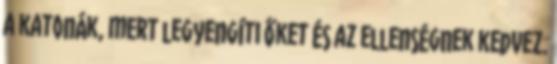
a katonák, mert legyengíti őket és az ellenségnek kedvez.